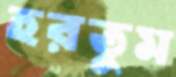
হরতুম